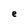
Character: e